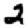
Digit: 2